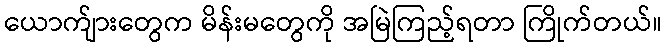
ယောက်ျားတွေက မိန်းမတွေကို အမြဲကြည့်ရတာ ကြိုက်တယ်။